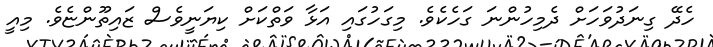
ހެދޭ ގިނަދުވަހަށް ދެމިހުންނަ ގަހެކެވެ. މިގަހުގައި އަޅާ ވަތްކަށް ކިޔަނީވެސް ޒައިތޫންޏެވެ. މިއީ